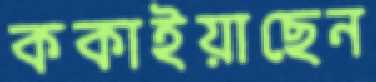
ককাইয়াছেন